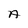
Character: A